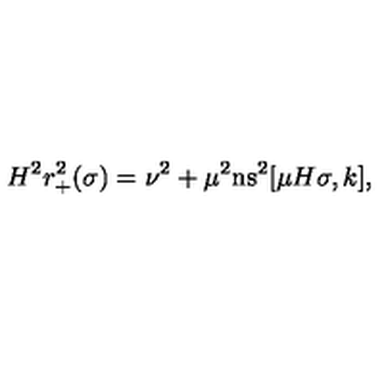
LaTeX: H ^ { 2 } r _ { + } ^ { 2 } ( \sigma ) = \nu ^ { 2 } + \mu ^ { 2 } \mathrm { n s } ^ { 2 } [ \mu H \sigma , k ] ,